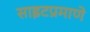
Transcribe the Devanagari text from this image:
साइटप्रमाणे